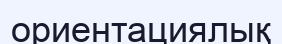
ориентациялық